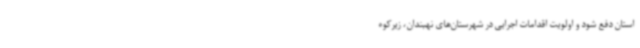
استان دفع شود و اولویت اقدامات اجرایی در شهرستان‌های نهبندان، زیرکوه